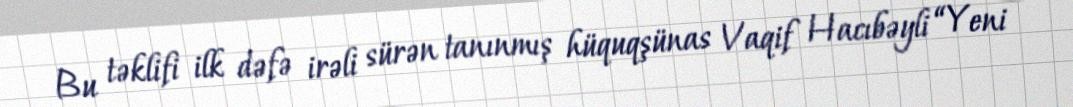
Bu təklifi ilk dəfə irəli sürən tanınmış hüquqşünas Vaqif Hacıbəyli “Yeni